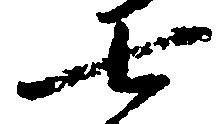
七